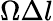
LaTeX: \Omega\Delta l